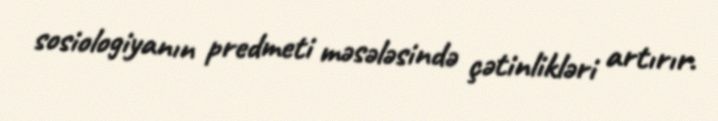
sosiologiyanın predmeti məsələsində çətinlikləri artırır.